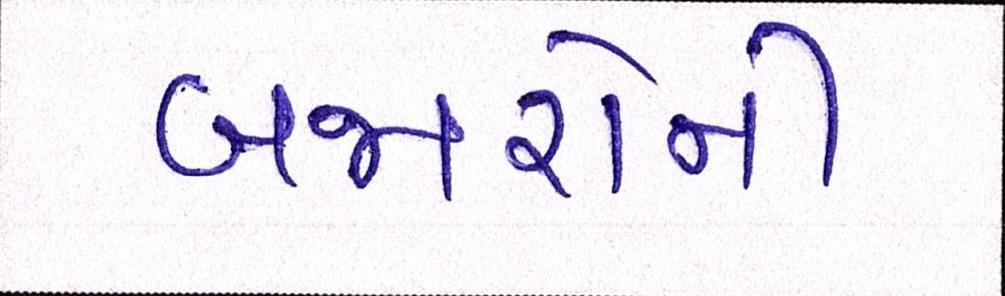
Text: બજારોની